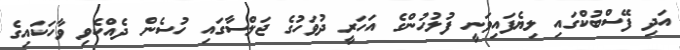
އަދި ފޭސްބުކްގައި ލިޔެފައިވަނީ ފުލުހުންގެ އަހަރީ ދުވަހުގެ ޖަލްސާގައި ހުސެން ދެއްކެވި ވާހަކައިގެ